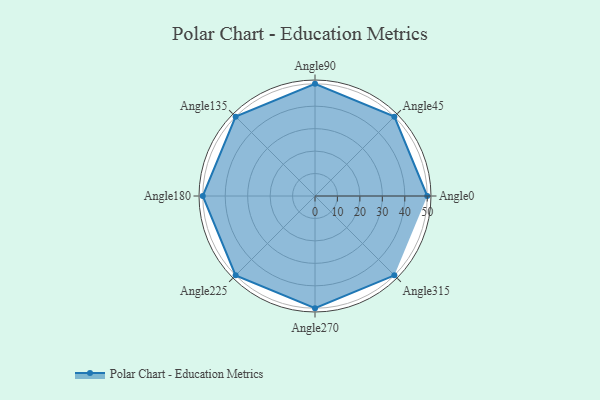
{"axis": {"x": "Angle", "y": "Radius"}, "legend": [""], "data": [{"x": "Angle0", "y": 50.0, "type": ""}, {"x": "Angle45", "y": 50, "type": ""}, {"x": "Angle90", "y": 50, "type": ""}, {"x": "Angle135", "y": 50, "type": ""}, {"x": "Angle180", "y": 50, "type": ""}, {"x": "Angle225", "y": 50, "type": ""}, {"x": "Angle270", "y": 50, "type": ""}, {"x": "Angle315", "y": 50, "type": ""}]}